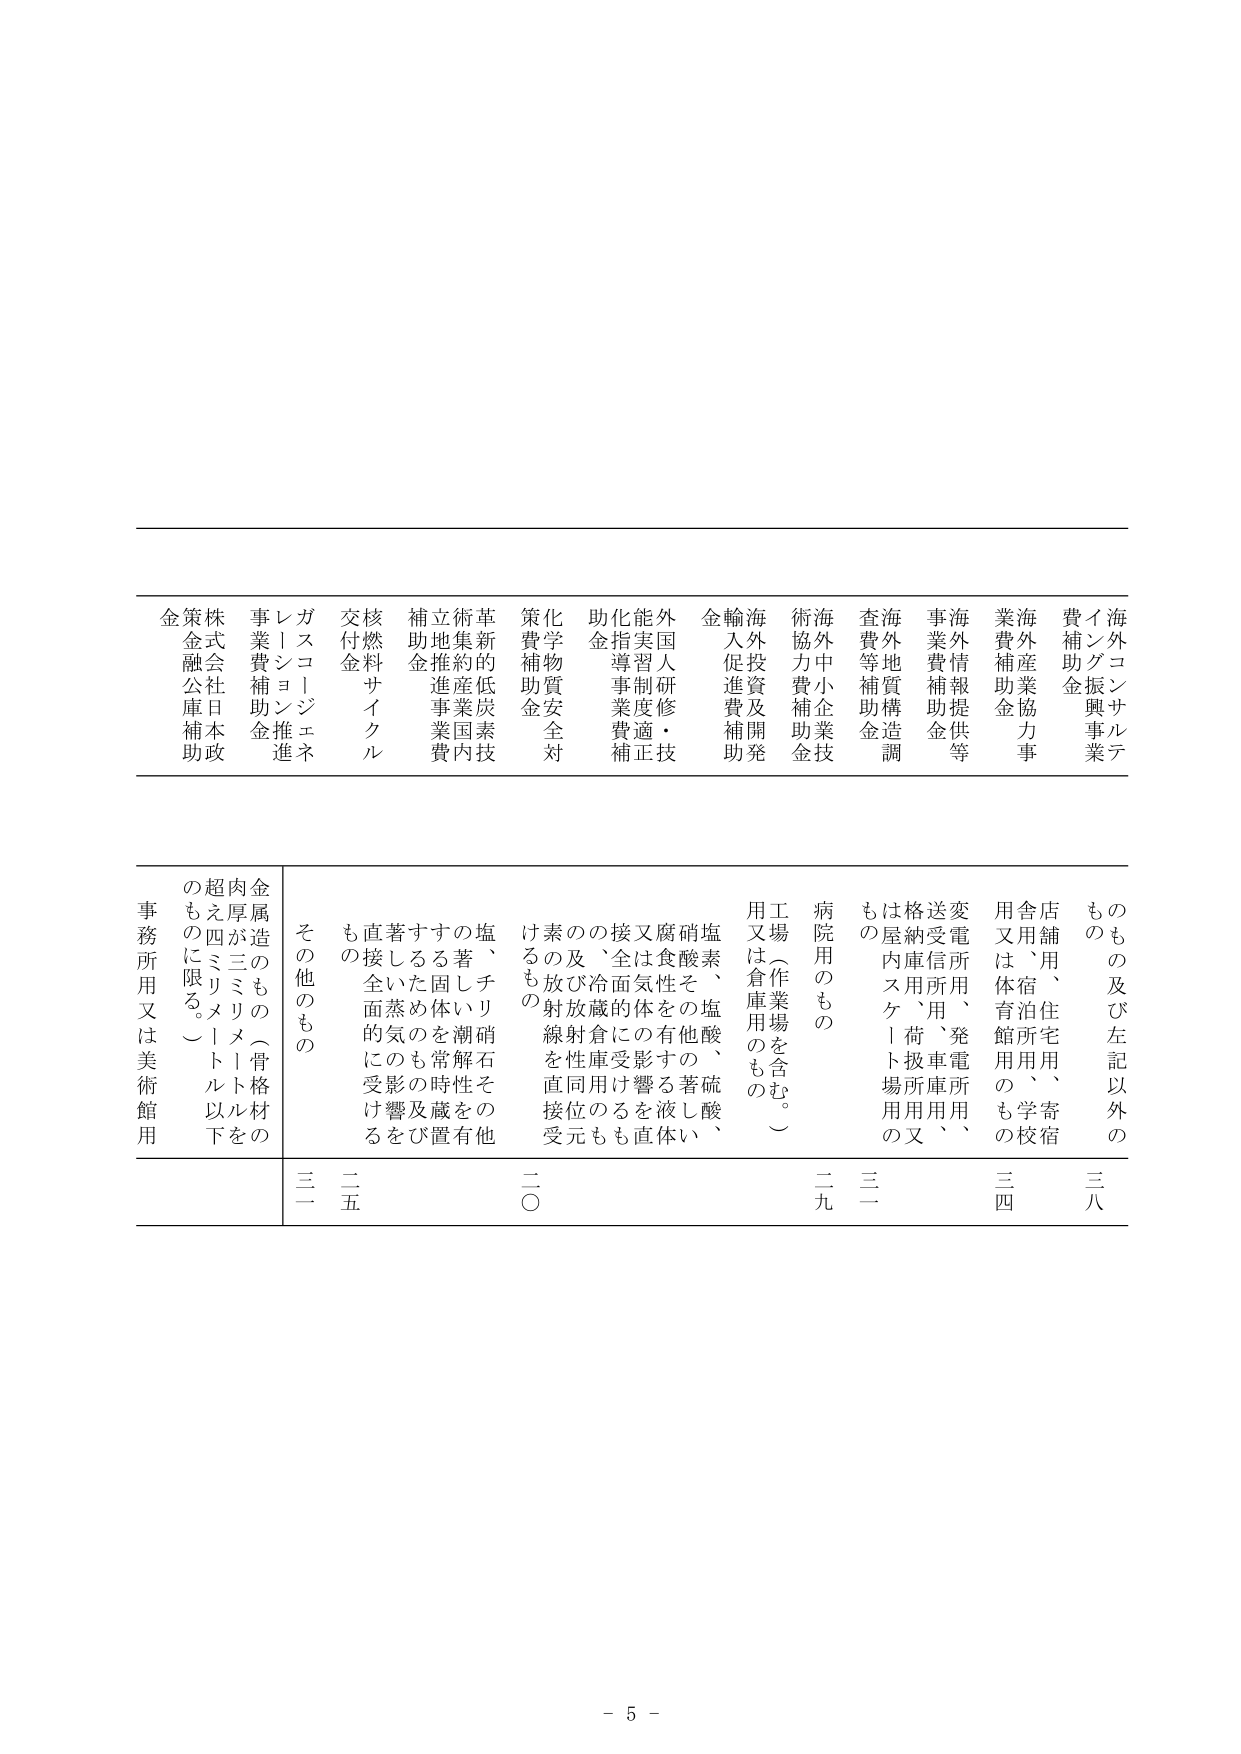
海 外 コ ン サ ル テ ィ ン グ 振 興 事 業 費 補 助 金
海 外 産 業 協 力 事 業 費 補 助 金
海 外 情 報 提 供 等 事 業 費 補 助 金
海 外 地 質 構 造 調 査 費 等 補 助 金
海 外 中 小 企 業 技 術 協 力 費 補 助 金
海 外 投 資 及 開 発 輸 入 促 進 費 補 助 金
外 国 人 研 修 ・ 技 能 実 習 制 度 適 正 化 指 導 事 業 費 補 助 金
化 学 物 質 安 全 対 策 費 補 助 金
革 新 的 低 炭 素 技 術 集 約 産 業 国 内 立 地 推 進 事 業 費 補 助 金
核 燃 料 サ イ ク ル 交 付 金
ガ ス コ ー ジ ェ ネ レ ー シ ョ ン 推 進 事 業 費 補 助 金
株 式 会 社 日 本 政 策 金 融 公 庫 補 助 金

も の の 及 び 左 記 以 外 の も の
店 舗 用 、 住 宅 用 、 寄 宿 舎 用 は 体 宿 、 育 館 所 用 の も の
変 電 所 用 、 発 電 所 用 、 送 電 所 用 、 荷 扱 庫 用 、 格 納 庫 用 、 屋 内 ス ケ ー ト 場 用 の も の
病 院 用 の も の
工 場 （ 作 業 場 を 含 む 。 ） 用 又 は 倉 庫 用 の も の
塩 素 、 塩 酸 、 硫 酸 、 硝 酸 そ の 他 著 し い 腐 食 性 を 有 す る 液 体 又 は 気 体 の 影 響 を 受 け る 接 全 面 的 に 用 い る こ と が で き る 、 及 び 冷 蔵 庫 用 、 放 射 線 性 直 接 位 置 を 受 け る も の
塩 、 チ リ 硝 石 そ の 他 著 し い 潮 解 性 を 常 時 置 く こ と が で き る 固 体 の 影 響 及 び 著 し い 蒸 気 の 影 響 を 直 接 受 け る 全 面 的 に 用 い る こ と が で き る も の
金 属 造 の も の （ 骨 格 材 の 肉 厚 が 三 ミ リ メ ー ト ル を 超 え 四 ミ リ メ ー ト ル 以 下 の も の に 限 る 。 ）
事 務 所 用 又 は 美 術 館 用
そ の 他 の も の

三 八
三 四
三 一
二 九
二 〇
二 五
三 一

- 5 -